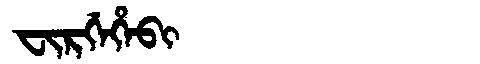
Manchu: ᠸᡳᡵᡤᡝᡥᡝᠪᡳ
Romanization: FIRGEHEBI